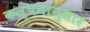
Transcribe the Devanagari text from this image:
कल्पनांनुसार